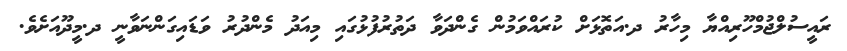
ރައީސުލްޖުމްހޫރިއްޔާ މިހާރު ދ.އަތޮޅަށް ކުރައްވަމުން ގެންދަވާ ދަތުރުފުޅުގައި މިއަދު މެންދުރު ވަޑައިގަންނަވާނީ ދ.މީދޫއަށެވެ.